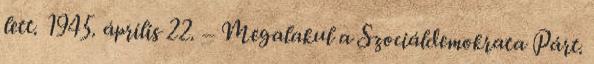
lett. 1945. április 22. – Megalakul a Szociáldemokrata Párt.